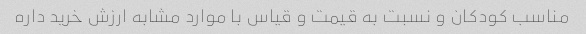
مناسب کودکان و نسبت به قیمت و قیاس با موارد مشابه ارزش خرید داره